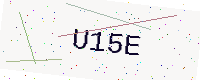
Text: U15E